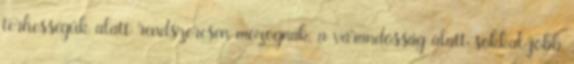
terhességük alatt rendszeresen mozognak, a várandósság alatt sokkal jobb